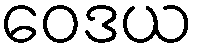
ဝေဒယ